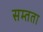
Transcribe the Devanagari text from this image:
सम्तता